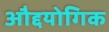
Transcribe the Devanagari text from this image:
औद्दयोगिक